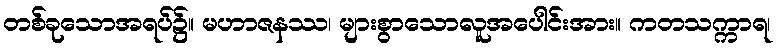
တစ်ခုသောအရပ်၌။ မဟာဇနဿ၊ များစွာသောလူအပေါင်းအား။ ကတသက္ကာရ၊